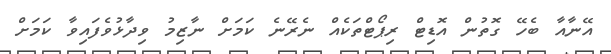
އޭނާއާ ބެހޭ ގޮތުން އޮޑިޓް ރިޕޯޓްތަކެއް ނެރޭނެ ކަމަށް ނާޒިމު ވިދާޅުވެފައިވާ ކަމަށް